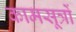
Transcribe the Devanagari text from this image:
कामसूत्रों